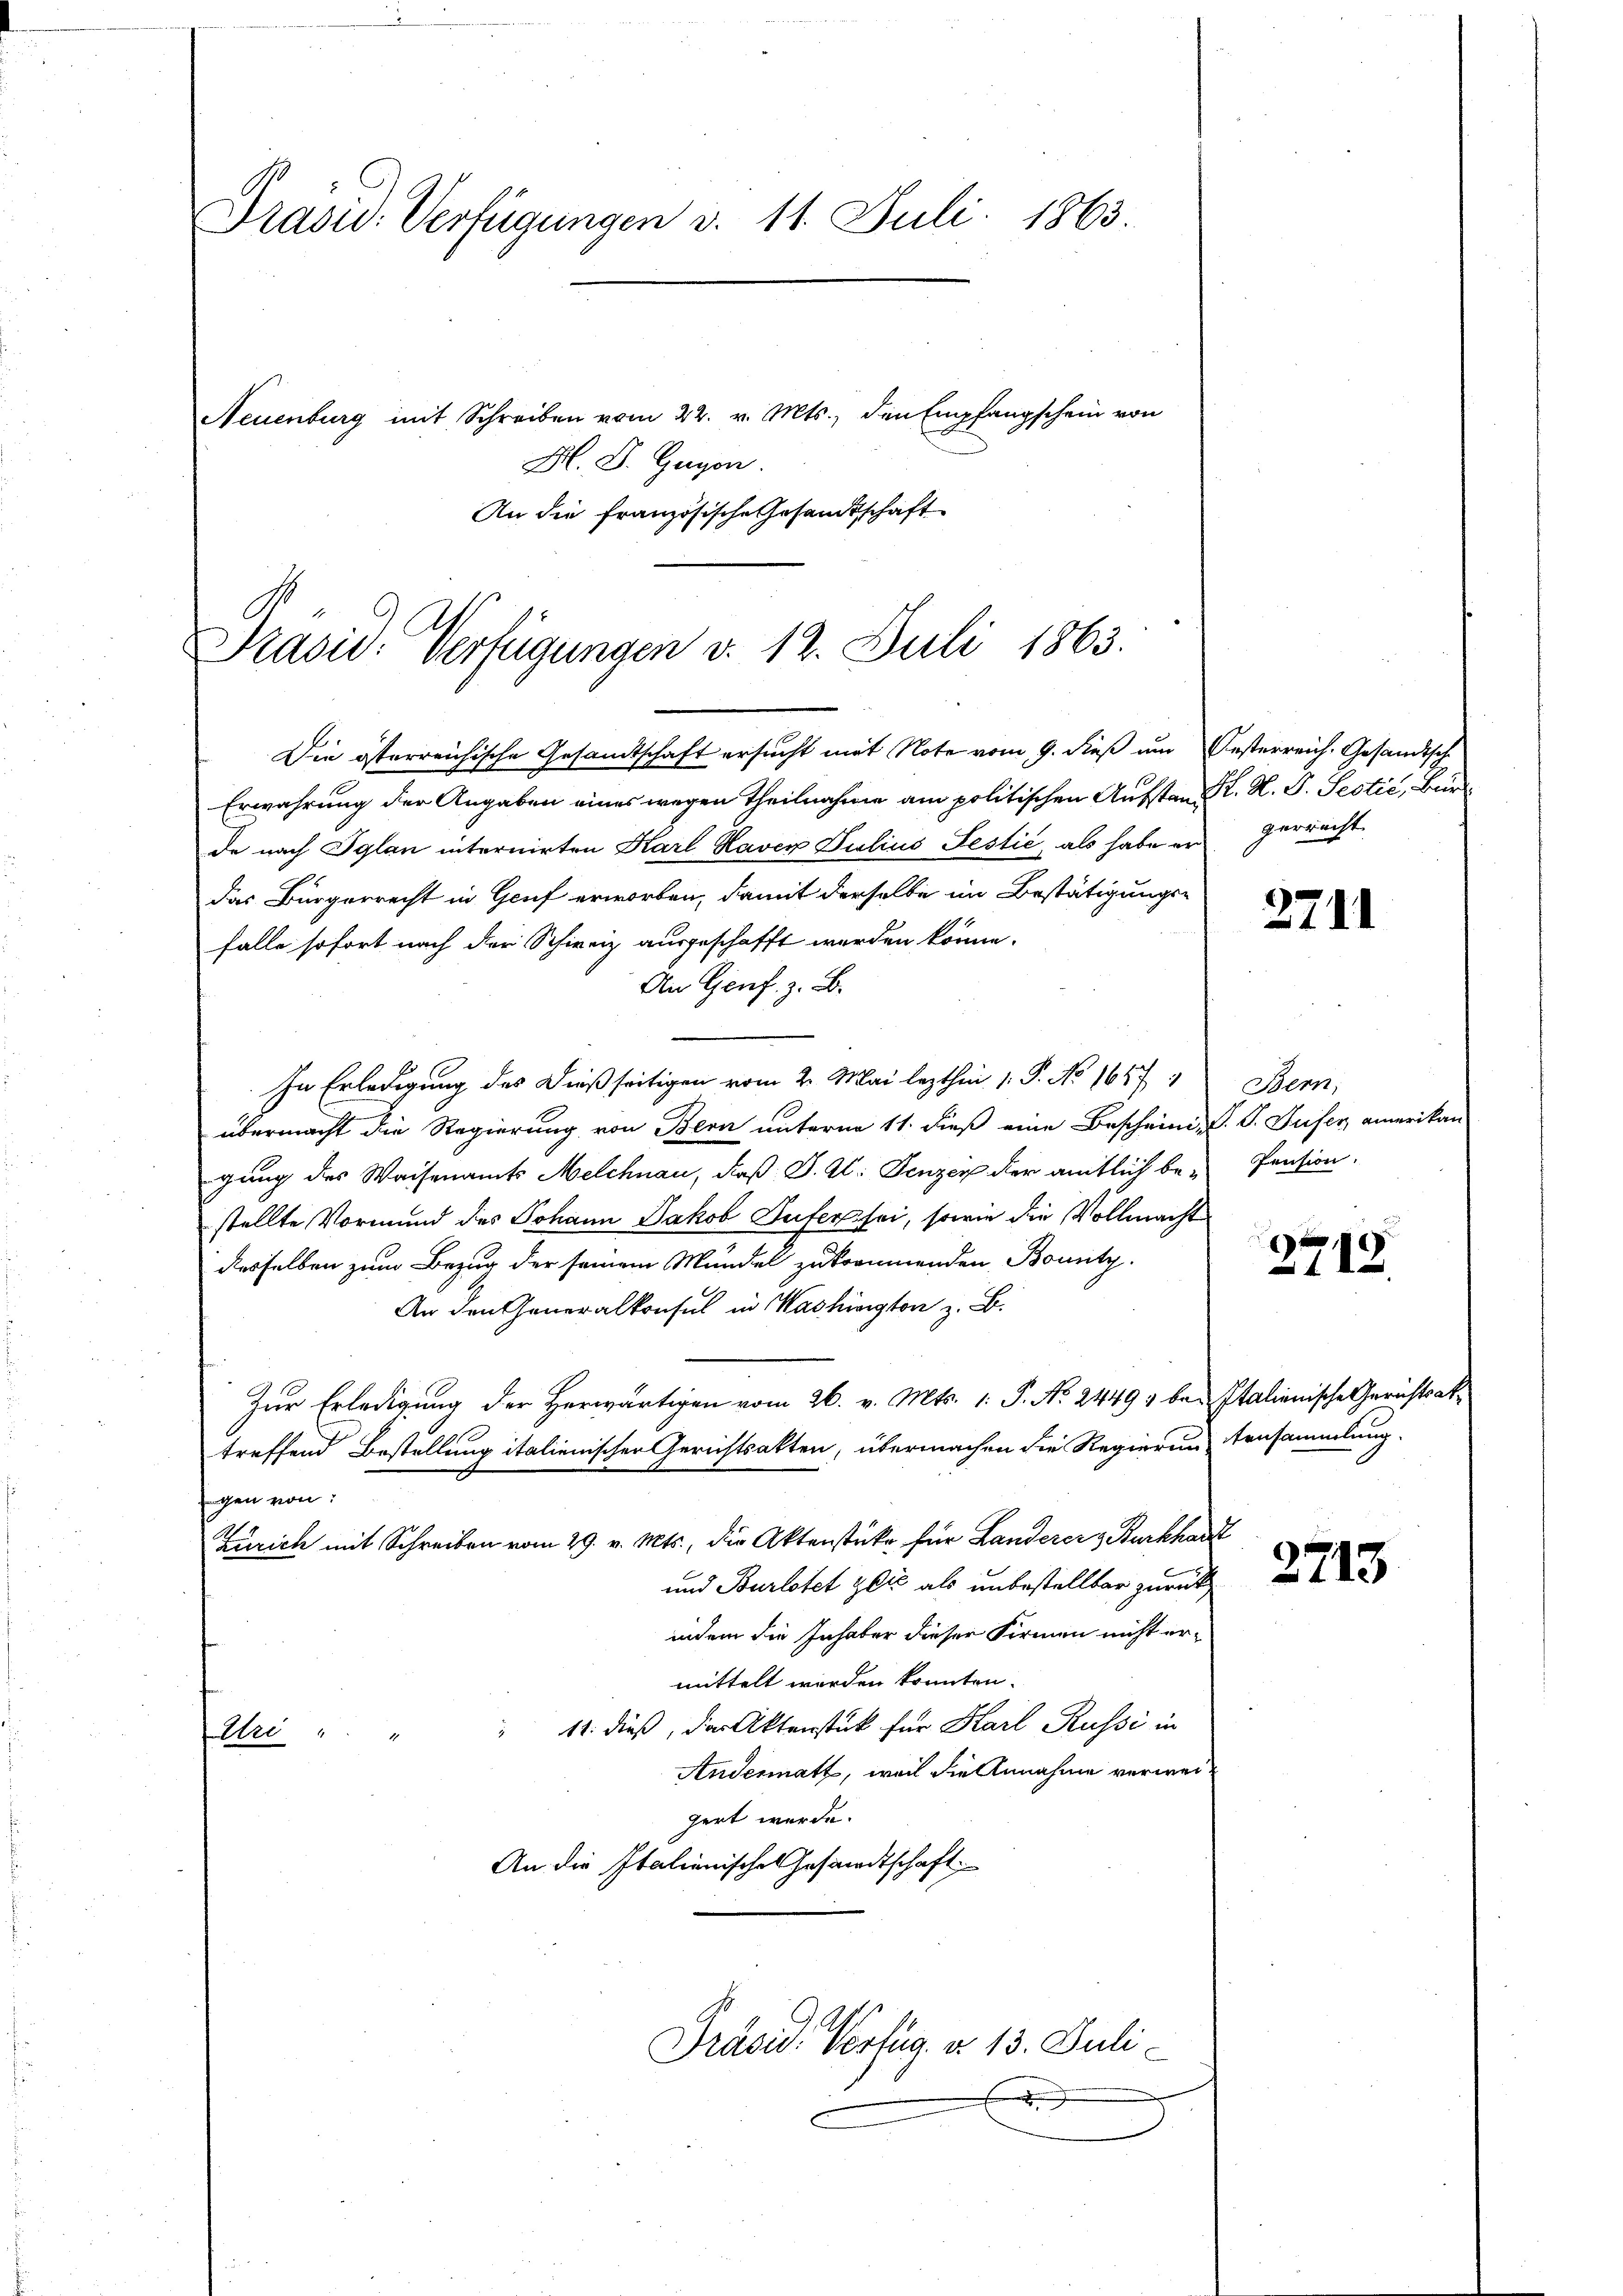
Präsid. Verfügungen d. 11. Juli 1863.
Neuenburg mit Schreiben vom 22. v. Mts., den Empfangschein von
Hl. D. Gegen.

An die französische Gesandtschaft

Präsid. Verfügungen d. 12. Juli 1863.

Die österreichische Gesandtschaft ersucht mit Note vom 9. dieß um Oesterreich. Gesandtsch
Erwahrung der Angaben eines wegen Theilnahme am politischen Aufsten K. R. P. Sectić, Bürde nach Iglan internirten Karl Haver Julius Festić, als habe an gerrecht
das Bürgerrecht in Genf erworben, damit derselbe im Bestätigungs-
falle sofort nach der Schweiz ausgeschafft werden könne.
An Genf. z. B.
In Erledigung des dießseitigen vom 2. Mai lezthin 1. P. No 1647
übermacht die Regierung von Bern unterm 11. dieß eine Bescheini, V. P. Sufer amerikan
gung des Waisenamts Melchnau, daß J. Al. Fenzen der amtlich bestellte Vormund des Johann Jakob Sufer sei, sowie die Vollmacht
desselben zum Bezug der seinem Mündel zukommenden Bounty.
An den Generalkonsul in Washington z. B.
Zur Erledigung der Herwärtigen vom 26. v. Mts. 1. P. No. 2449 be- Italienische Gerichtsattreffend Bestellung italienischer Gerichtsakten, übermachen die Regierung tausammlung.
egen von:
Zürich mit Schreiben vom 29. v. Mts., die Aktenstüke für Landerer & Burkhard
und Burlotet zu als unbestellter zurück
indem die Inhaber dieser Firmen nicht ermittelt werden könnten.
 11. dieß, der Aktenstück für Karl Russi in
Uri
Andermatt, weil die Annahme verweigert werde.
An die Italienisches Gesandtschaft

Präsid. Verfüg a. 13. Juli.

.

2

2711

Stern,
Pension.

1 x
112.

2713